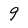
Character: 9